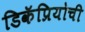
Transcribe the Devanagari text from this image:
डिकॅप्रियोची